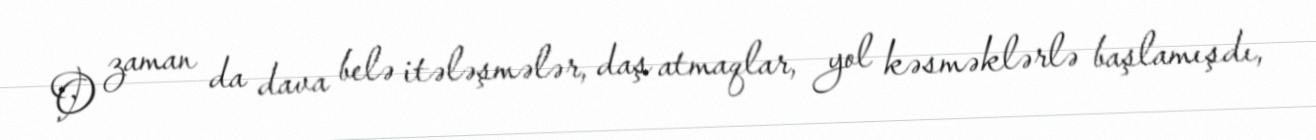
O zaman da dava belə itələşmələr, daş atmaqlar, yol kəsməklərlə başlamışdı,